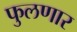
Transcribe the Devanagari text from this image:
फुलणार